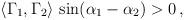
LaTeX: \begin{align*} \langle \Gamma_1,\Gamma_2 \rangle \, \sin(\alpha_1-\alpha_2) > 0 \, ,\end{align*}